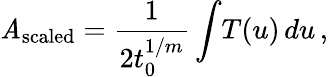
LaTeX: {\cal\mathit{A}}_{\mathrm{{scaled}}}={\frac{{1}}{{2t_{0}^{1/m}}}}\int\! T(u)\, du\, ,